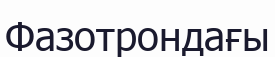
Фазотрондағы